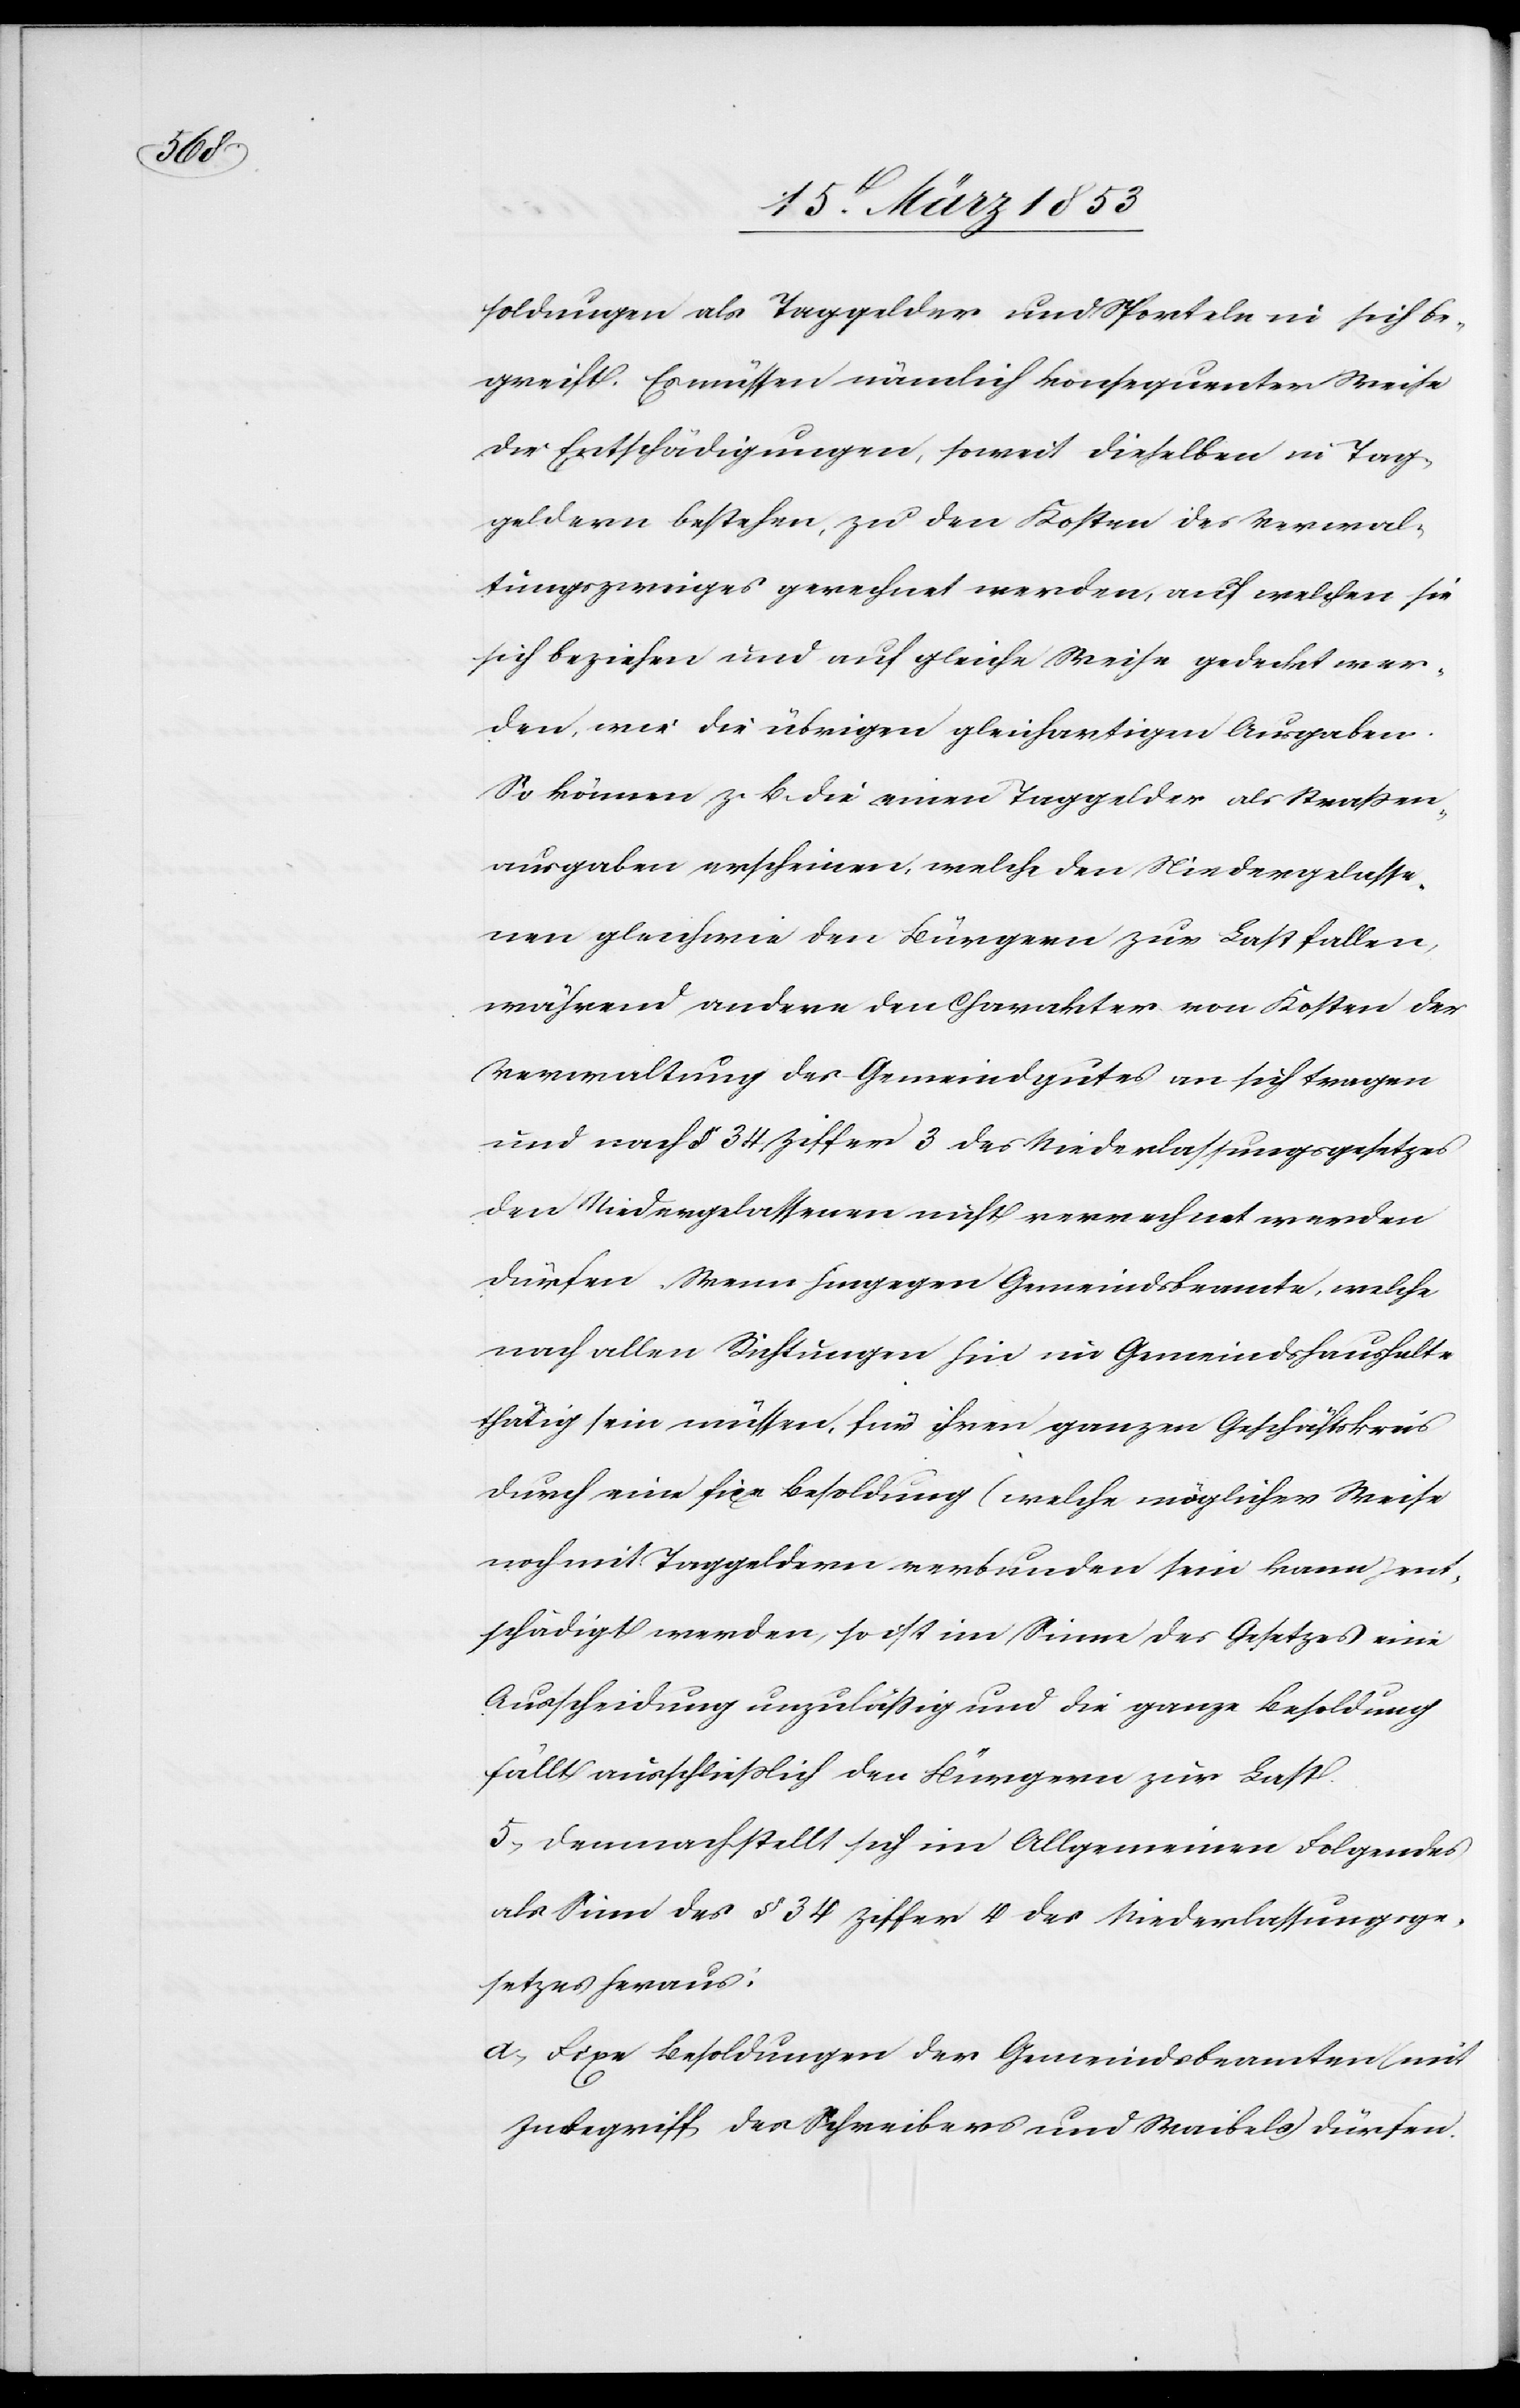
werden

soldungen als Taggelder und Sporteln in sich be¬
greift. Es müssen nämlich konsequenter Weise
die Entschädigungen, soweit dieselben in Tag¬
geldern bestehen, zu den Kosten des Verwal¬
tungszweiges gerechnet werden, auf welchen sie
sich beziehen und auf gleiche Weise gedeckt wer¬
den, wie die übrigen gleichartigen Ausgaben.
So können z. B. die einen Taggelder als Straßen¬
ausgaben erscheinen, welche den Niedergelasse¬
nen gleichwie den Bürgern zur Last fallen,
während andere den Charakter von Kosten der
Verwaltung des Gemeindgutes an sich tragen
und nach § 34 Ziffer 3 des Niederlassungsgesetzes
dürfen. Wenn hingegen Gemeindsbeamtete, welche
nach allen Richtungen hin im Gemeindshaushalte
thätig sein müssen, für ihren ganzen Geschäftskreis
durch eine fixe Besoldung (welche möglicher Weise
noch mit Taggeldern verbunden sein kann) ent¬
schädigt werden, so ist im Sinne des Gesetzes eine
Ausscheidung unzulässig und die ganze Besoldung
fällt ausschließlich den Bürgern zur Last.
5) Demnach stellt sich im Allgemeinen Folgendes
als Sinn des § 34 Ziffer 4 des Niederlassungsge¬
setzes heraus:
a) Fixe Besoldungen des Gemeindsbeamteten (mit
Inbegriff des Schreibers und Waibels) dürfen